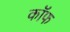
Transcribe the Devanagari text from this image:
कॉफ